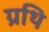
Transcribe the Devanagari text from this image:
ग्रथि